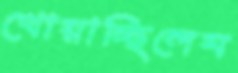
খোয়াচ্ছিলেম